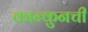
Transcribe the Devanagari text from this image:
कान्कुनची